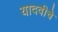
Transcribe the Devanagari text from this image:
यादवीचे